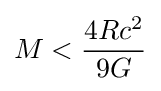
M<{\frac {4Rc^{2}}{9G}}